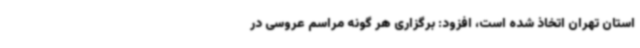
استان تهران اتخاذ شده است، افزود: برگزاری هر گونه مراسم عروسی در